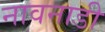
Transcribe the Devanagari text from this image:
नावनाडी